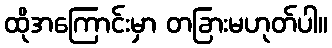
ထိုအကြောင်းမှာ တခြားမဟုတ်ပါ။